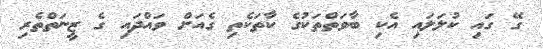
ގޭ ގައި ކުލަލައި އެކި ބާވަތްތަކުގެ ކާތަކެތި ގެއަށް ވައްދައި ގެ ޒީނަތްތެރި